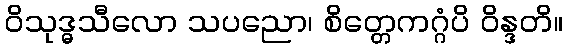
ဝိသုဒ္ဓသီလော သပညော၊ စိတ္တေကဂ္ဂံပိ ဝိန္ဒတိ။